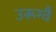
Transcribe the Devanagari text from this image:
उरूग्वै